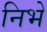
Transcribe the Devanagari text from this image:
निभें